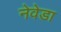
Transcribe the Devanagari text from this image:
नेवेडा